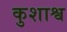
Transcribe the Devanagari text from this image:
कुशाश्व